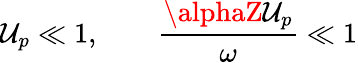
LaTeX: \mathcal{U}_{p}\ll1,\qquad\frac{{\alphaZ\mathcal{U}_{p}}}{{\omega}}\ll1